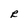
Character: R